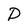
Character: D